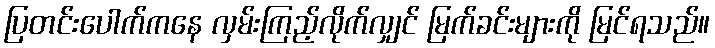
ပြတင်းပေါက်ကနေ လှမ်းကြည့်လိုက်လျှင် မြက်ခင်းများကို မြင်ရသည်။